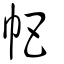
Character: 帊